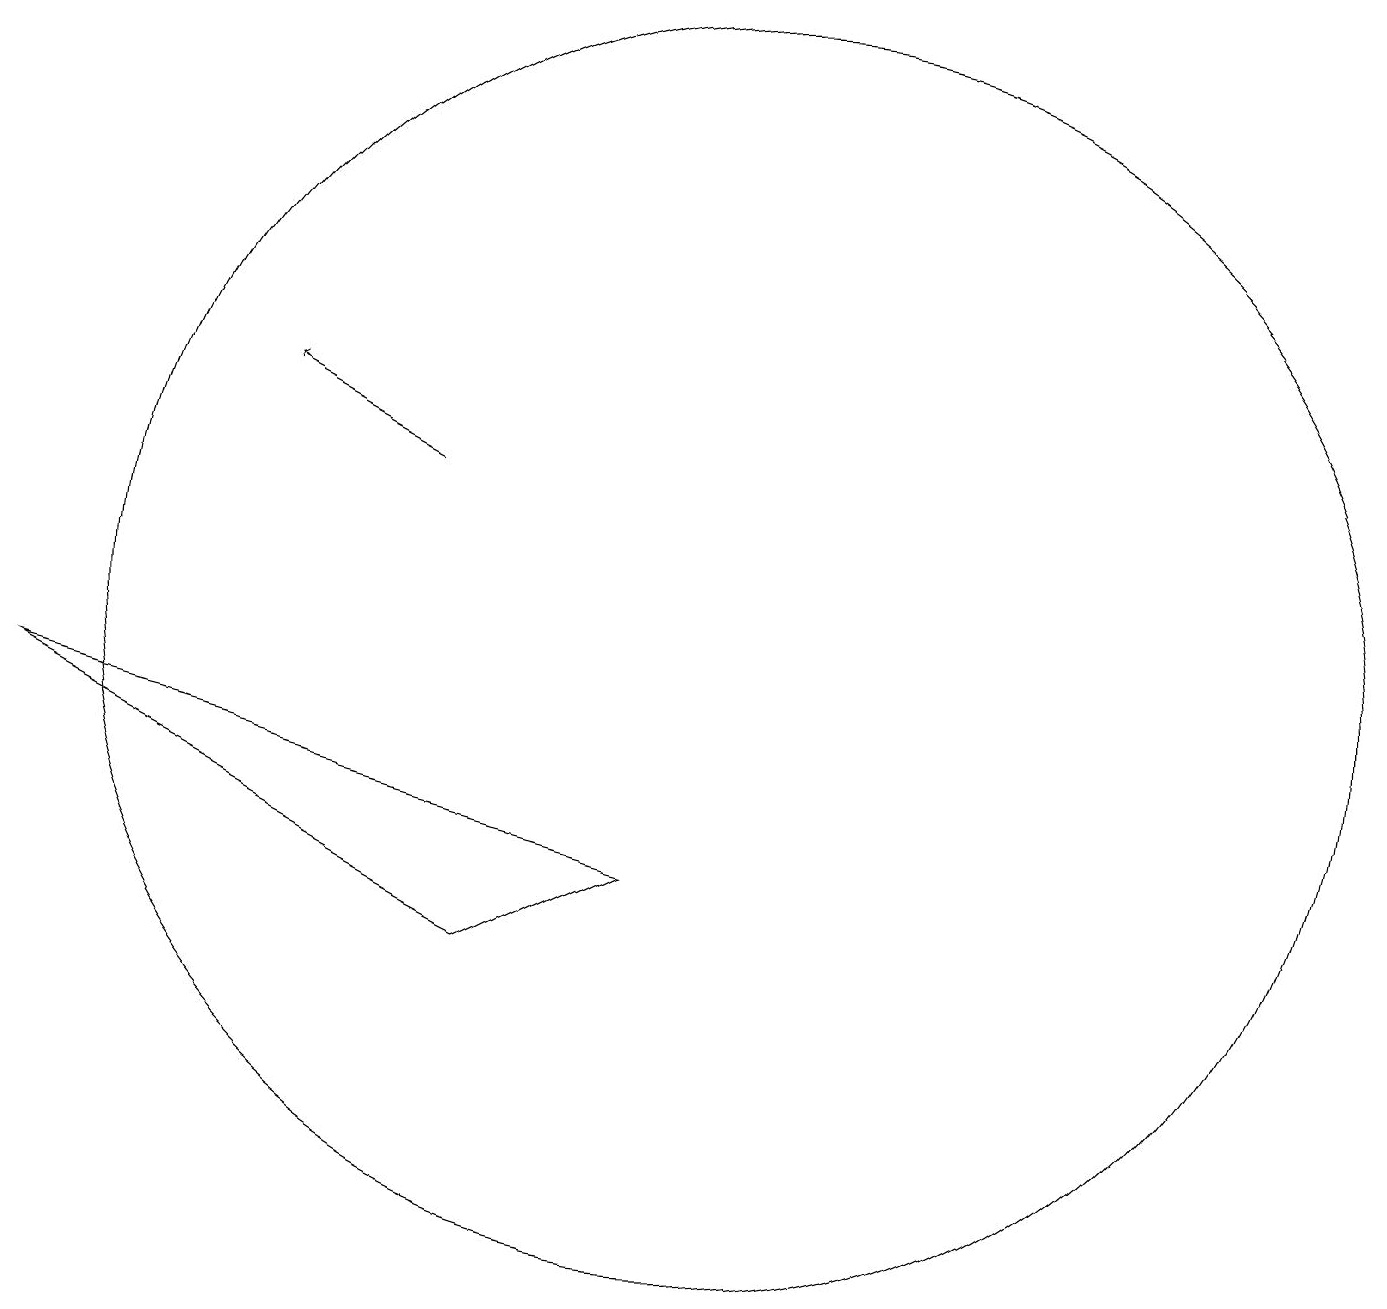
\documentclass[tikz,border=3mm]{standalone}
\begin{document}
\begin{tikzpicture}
\draw[->] (6,12) -- (4,13);
\draw (7,6) -- (9,7) -- (1,9) -- cycle;
\draw (10,10) circle (8);
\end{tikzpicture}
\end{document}